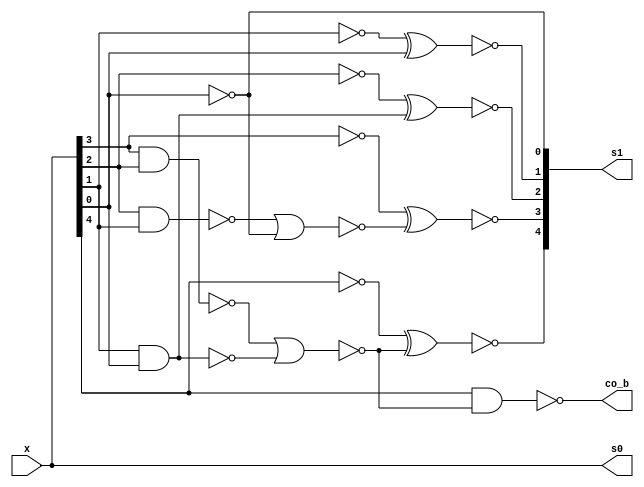
module fu_loc8inc_lsb(
   x,
   co_b,
   s0,
   s1
);
   input [0:4]  x;		//48 to 52
   output       co_b;
   output [0:4] s0;
   output [0:4] s1;

   wire [0:4]   x_b;
   wire [0:4]   t2_b;
   wire [0:4]   t4;

   // FOLDED layout
   //   i0_xb   i2_xb   i4_xb   skip   skip   skip   skip
   //   i1_xb   i3_xb   skip    skip   skip   skip   skip
   //   i0_t2   i2_t2   i4_t2   skip   skip   skip   skip
   //   skip    i1_t2   i3_t2   skip   skip   skip   skip
   //   i0_t2   i2_t2   i4_t2   skip   skip   skip   skip
   //   i0_t8   i1_t2   i3_t2   skip   skip   skip   skip
   //   i0_s0   i2_s0   i4_s0   skip   skip   skip   skip
   //   i1_s0   i3_s0   skip    skip   skip   skip   skip
   //   i0_s1   i2_s1   i4_s1   skip   skip   skip   skip
   //   i1_s1   i3_s1   skip    skip   skip   skip   skip

   //-------------------------------
   // buffer off non critical path
   //-------------------------------

   assign x_b[0] = (~x[0]);
   assign x_b[1] = (~x[1]);
   assign x_b[2] = (~x[2]);
   assign x_b[3] = (~x[3]);
   assign x_b[4] = (~x[4]);

   //--------------------------
   // local carry chain
   //--------------------------

   assign t2_b[0] = (~(x[0]));
   assign t2_b[1] = (~(x[1] & x[2]));
   assign t2_b[2] = (~(x[2] & x[3]));
   assign t2_b[3] = (~(x[3] & x[4]));
   assign t2_b[4] = (~(x[4]));

   assign t4[0] = (~(t2_b[0]));
   assign t4[1] = (~(t2_b[1] | t2_b[3]));
   assign t4[2] = (~(t2_b[2] | t2_b[4]));
   assign t4[3] = (~(t2_b[3]));
   assign t4[4] = (~(t2_b[4]));

   assign co_b = (~(t4[0] & t4[1]));

   //------------------------
   // sum generation
   //------------------------

   assign s0[0] = (~(x_b[0]));
   assign s0[1] = (~(x_b[1]));
   assign s0[2] = (~(x_b[2]));
   assign s0[3] = (~(x_b[3]));
   assign s0[4] = (~(x_b[4]));

   assign s1[0] = (~(x_b[0] ^ t4[1]));
   assign s1[1] = (~(x_b[1] ^ t4[2]));
   assign s1[2] = (~(x_b[2] ^ t4[3]));
   assign s1[3] = (~(x_b[3] ^ t4[4]));
   assign s1[4] = (~(t4[4]));

endmodule